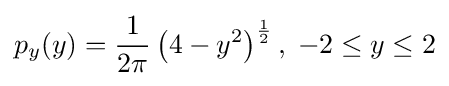
p_{y}(y)={\frac {1}{2\pi }}\left(4-y^{2}\right)^{\frac {1}{2}},\;-2\leq y\leq 2